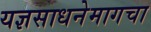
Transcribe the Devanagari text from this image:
यज्ञसाधनेमागचा